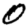
Digit: 0